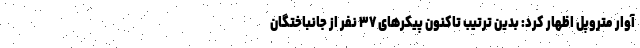
آوار متروپل اظهار کرد: بدین ترتیب تاکنون پیکرهای ۳۷ نفر از جانباختگان